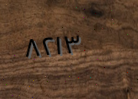
٨٢١٣